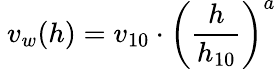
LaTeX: \ v_{w}(h)=v_{10}\cdot\left({\frac{h}{h_{10}}}\right)^{a}